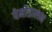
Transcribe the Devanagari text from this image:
पेर्मोडालन